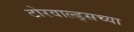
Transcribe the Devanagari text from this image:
टोरवाल्ड्सच्या